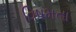
વિષમતા